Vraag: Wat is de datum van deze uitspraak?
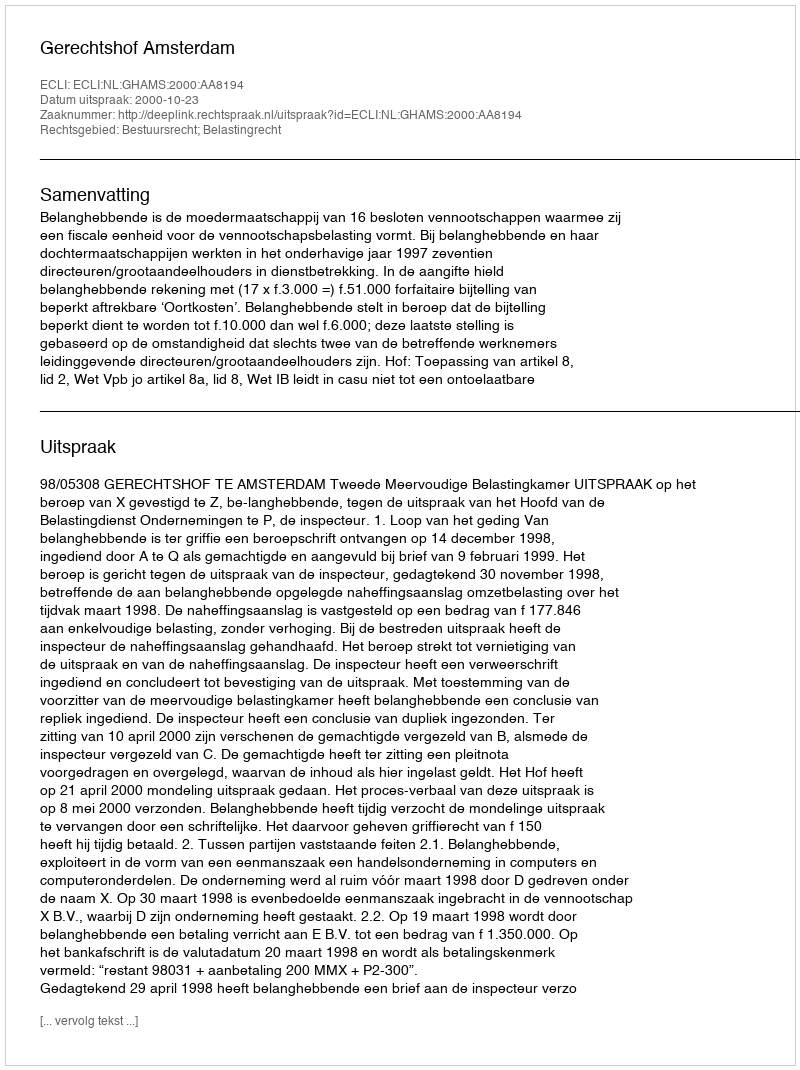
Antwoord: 2000-10-23